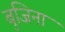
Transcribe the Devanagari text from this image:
बुजिना